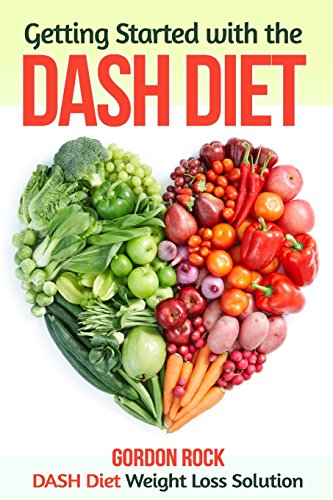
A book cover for Getting Started with the DASH Diet: DASH Diet Weight Loss Solution (Dash Diet Cookbook); Gordon Rock; Cookbooks, Food & Wine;